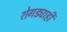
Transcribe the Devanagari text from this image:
शेगड्याही